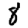
Digit: 8